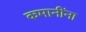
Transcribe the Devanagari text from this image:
कमानींना